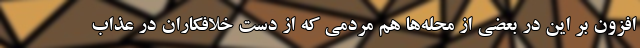
افزون بر این در بعضی از محله‌ها هم مردمی که از دست خلافکاران در عذاب